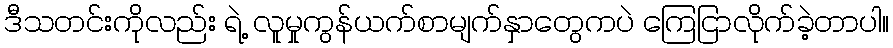
ဒီသတင်းကိုလည်း ရဲ့ လူမှုကွန်ယက်စာမျက်နှာတွေကပဲ ကြေငြာလိုက်ခဲ့တာပါ။